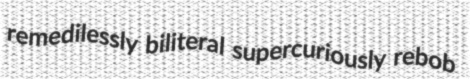
remedilessly biliteral supercuriously rebob